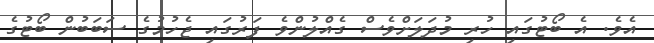
އެވެ. އެ ބޯޓުގައި ހުރި މުދަލަށްވެސް ގެއްލުންވެ ފަރުގައި ޖެހުމުގެ ސަބަބުން ބޯޓުގެ